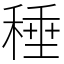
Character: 䅜